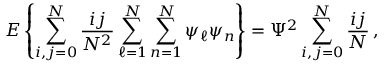
E \left\{ \sum _ { i , j = 0 } ^ { N } { \frac { i j } { N ^ { 2 } } } \sum _ { \ell = 1 } ^ { N } \sum _ { n = 1 } ^ { N } \psi _ { \ell } \psi _ { n } \right\} = \Psi ^ { 2 } \sum _ { i , j = 0 } ^ { N } { \frac { i j } { N } } \, ,